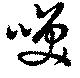
咲